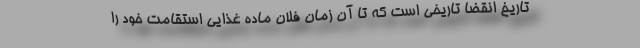
تاریخ انقضا تاریخی است که تا آن زمان فلان ماده غذایی استقامت خود را